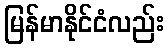
မြန်မာနိုင်ငံလည်း